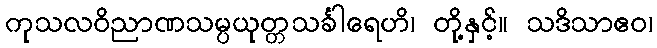
ကုသလဝိညာဏသမ္ပယုတ္တသင်္ခါရေဟိ၊ တို့နှင့်။ သဒိသာဧဝ၊